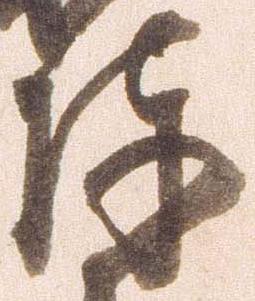
陣